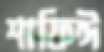
শাফিঈ